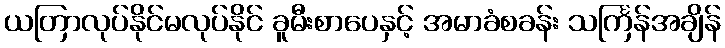
ယတြာလုပ်နိုင်မလုပ်နိုင် ခူမီးစာပေနှင့် အမာခံစခန်း သင်္ကြန်အချိန်